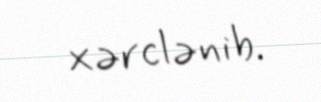
xərclənib.